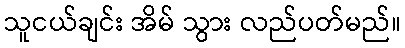
သူငယ်ချင်း အိမ် သွား လည်ပတ်မည်။